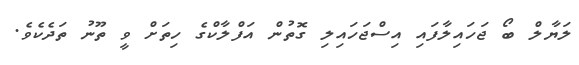
ލަޔާލް ބޯ ޖަހައިލާފައި އިސްޖަހައިލި ގޮތުން އަފްލާކްގެ ހިތަށް ވީ ތޫނު ތަދެކެވެ.